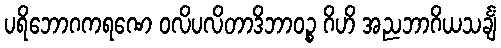
ပရိဘောဂကရဏေ ဝလိပလိတာဒိဘာဝဉ္စ ဂိဟိ အညဘာဂိယသင်္ချံ